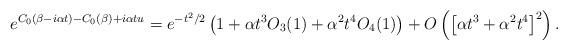
LaTeX: \begin{align*}e^{C_0(\beta- i \alpha t)-C_0(\beta)+i \alpha t u}=e^{-t^2/2}\left(1+\alpha t^3 O_3(1)+\alpha^2t^4 O_4(1)\right)+O\left(\left[\alpha t^3 +\alpha^2 t^4\right]^2\right).\end{align*}